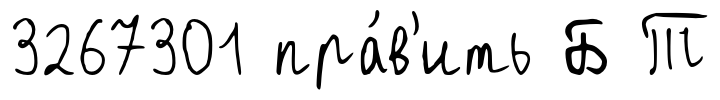
3267301 пра́в'ить Б Т